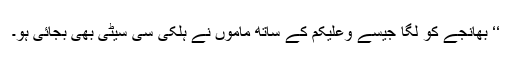
‘‘ بھانجے کو لگا جیسے وعلیکم کے ساتھ ماموں نے ہلکی سی سیٹی بھی بجائی ہو۔